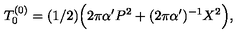
T _ { 0 } ^ { ( 0 ) } = ( 1 / 2 ) \Bigl ( 2 \pi \alpha ^ { \prime } P ^ { 2 } + ( 2 \pi \alpha ^ { \prime } ) ^ { - 1 } X ^ { 2 } \Bigr ) ,